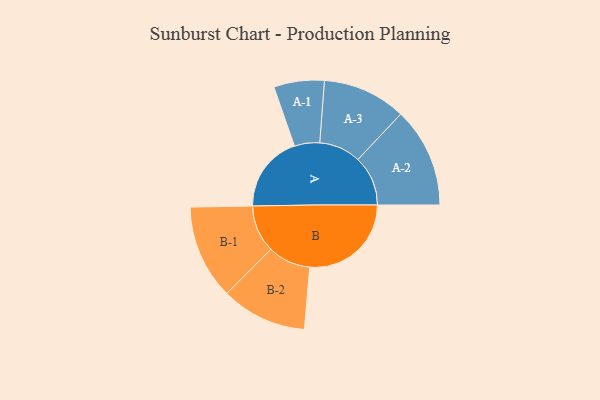
{"axis": {"x": "Segment", "y": "Value"}, "legend": ["", "A", "B"], "data": [{"x": "A", "y": 335, "type": ""}, {"x": "B", "y": 443, "type": ""}, {"x": "A-1", "y": 110, "type": "A"}, {"x": "A-2", "y": 218, "type": "A"}, {"x": "A-3", "y": 182, "type": "A"}, {"x": "B-1", "y": 206, "type": "B"}, {"x": "B-2", "y": 187, "type": "B"}]}